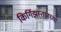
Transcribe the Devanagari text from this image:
किर्गिझस्तानच्या